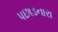
પછાડનારા